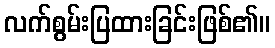
လက်စွမ်းပြထားခြင်းဖြစ်၏။